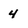
Character: 4